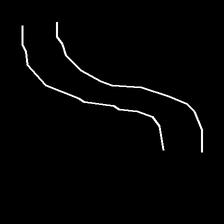
Glyph: float